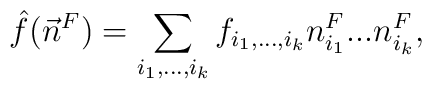
\hat{f}(\vec{n}^F)=\sum_{i_1,...,i_k}f_{i_1,...,i_k}n_{i_1}^F...n_{i_k}^F,